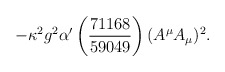
\begin{align*}-\kappa^2 g^2 \alpha' \left(\frac{71168}{59049} \right) (A^\mu A_\mu)^2.\end{align*}